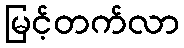
မြင့်တက်လာ